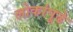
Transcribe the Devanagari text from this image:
लोकांपूढे